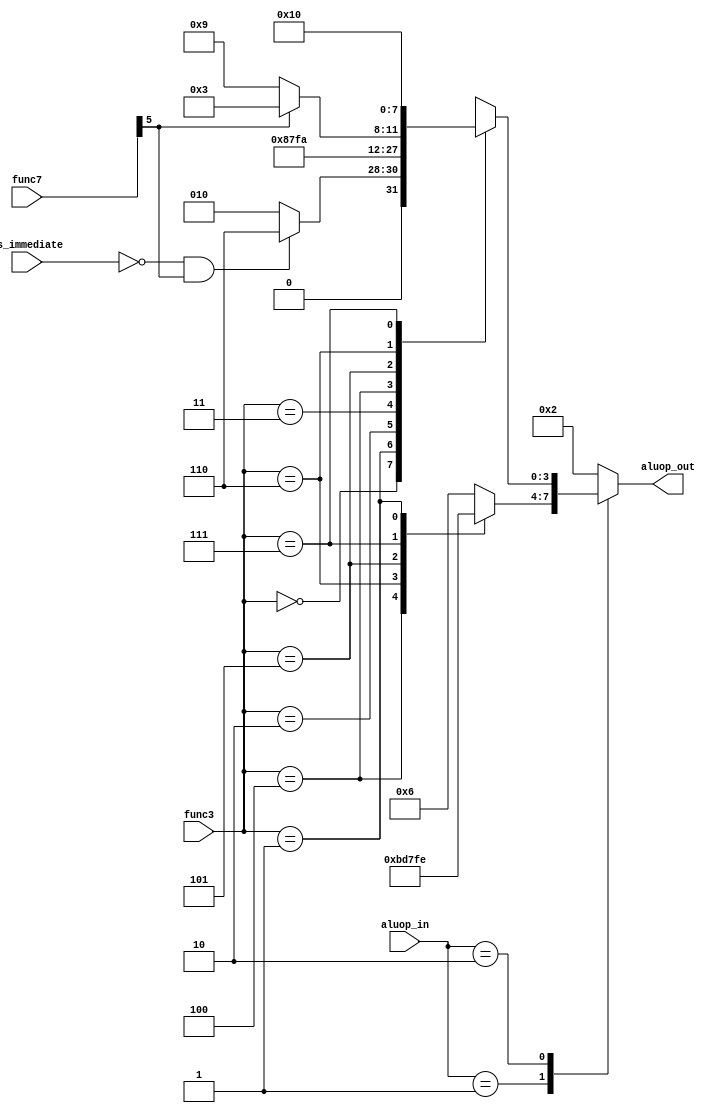
module ALU_Control (
    input wire is_immediate,
    input wire [1:0] aluop_in,
    input wire [6:0] func7,
    input wire [2:0] func3,
    output reg [3:0] aluop_out
);

always @(*) begin
    aluop_out <= 4'b0010;
    case (aluop_in)
        2'b00: 
            aluop_out <= 4'b0010;

        2'b01: begin
            case (func3)
                3'b000: //beq
                    aluop_out <= 4'b0110; // SUB
                3'b100: // blt
                    aluop_out <= 4'b1011; // precisa arrumar - Maior Igual
                3'b110: // bltu  
                    aluop_out <= 4'b1101; // precisa arrumar - Maior Igual
                3'b101: // bge
                    aluop_out <= 4'b0111; // SLT
                3'b111: // bgeu
                    aluop_out <= 4'b1111;
                3'b001: // bne
                    aluop_out <= 4'b1110; // Igualdade
                default: aluop_out <= 4'b0110;
            endcase
        end

        2'b10: begin
            case (func3)
                3'b000: // addi, add e sub
                    if(is_immediate == 1'b0 && func7[5] == 1'b1)
                        aluop_out <= 4'b0110;
                    else
                        aluop_out <= 4'b0010;
                3'b001: // slli e sll
                    aluop_out <= 4'b1000;
                3'b010: // slti e slt
                    aluop_out <= 4'b0111;
                3'b011: // sltiu e sltu
                    aluop_out <= 4'b1111;
                3'b100: // xori e xor
                    aluop_out <= 4'b1010;
                3'b101: // srai, srli e sra, srl
                    if(func7[5] == 1'b1)
                        aluop_out <= 4'b0011;
                    else
                        aluop_out <= 4'b1001;
                3'b110: // ori e or
                    aluop_out <= 4'b0001;
                3'b111: // andi e and
                    aluop_out <= 4'b0000;
                default: aluop_out <= 4'b0010;
            endcase
        end
    endcase
end

endmodule